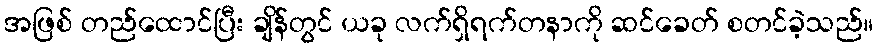
အဖြစ် တည်ထောင်ပြီး ချိန်တွင် ယခု လက်ရှိရက်တနာကို ဆင်ခေတ် စတင်ခဲ့သည်။